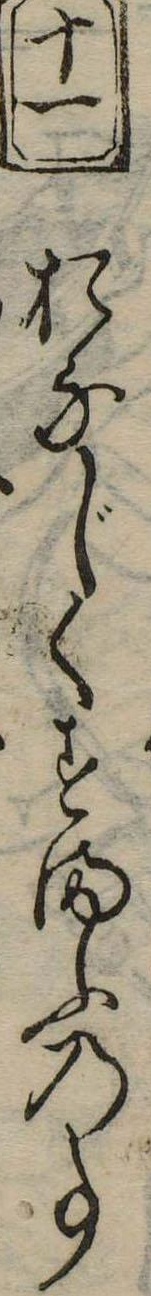
十一おなじくすまふの事